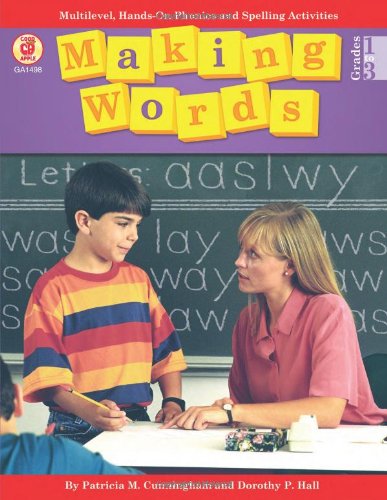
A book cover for Making Words, Grades 1 - 3: Multilevel, Hands-On Phonics and Spelling Activities; Patricia M. Cunningham; Reference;